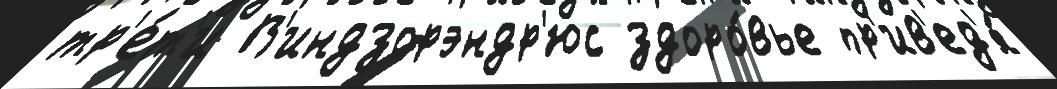
тр'е́т'и В'индзорэндр'юс здоро́вье пр'ив'ед'я́